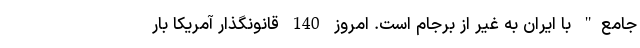
جامع" با ایران به غیر از برجام است. امروز 140 قانونگذار آمریکا بار